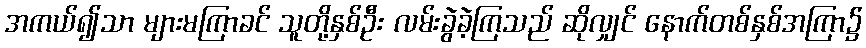
အကယ်၍သာ များမကြာခင် သူတို့နှစ်ဦး လမ်းခွဲခဲ့ကြသည် ဆိုလျှင် နောက်တစ်နှစ်အကြာ၌